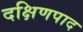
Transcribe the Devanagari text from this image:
दक्षिणपाद